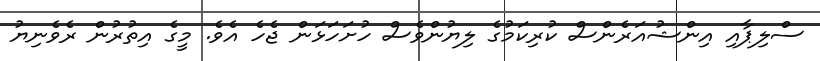
ސްލިޕާއި އިންޝުއަރެންސް ކުރިކަމުގެ ލިޔުންވެސް ހުށަހަޅަން ޖެހެ އެވެ. މީގެ އިތުރުން ރެވެނިޔު